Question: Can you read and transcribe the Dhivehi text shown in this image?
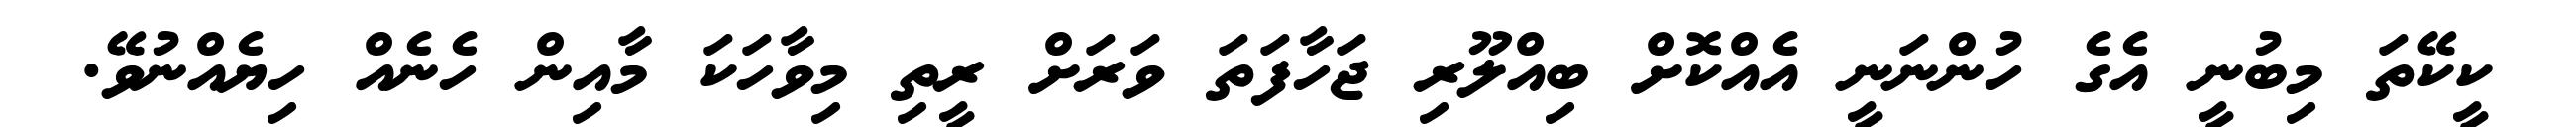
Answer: ކީކޭތަ މިބުނީ އެގެ ހުންނަނީ އެއްކޮށް ބިއްލޫރި ޖަހާފަތަ ވަރަށް ރީތި މިވާހަކަ މާއިން ހެނެއް ހިޔެއްނުވޭ.